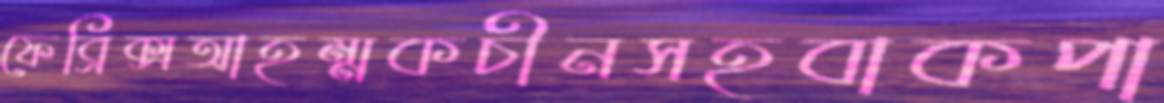
ফেব্রিক্সআহম্মকচীনসহবাকপা